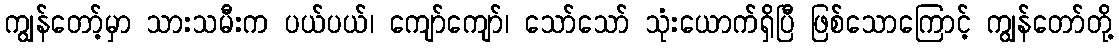
ကျွန်တော့်မှာ သားသမီးက ပယ်ပယ်၊ ကျော်ကျော်၊ သော်သော် သုံးယောက်ရှိပြီ ဖြစ်သောကြောင့် ကျွန်တော်တို့